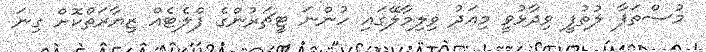
މުސްތަފާ ލުތުފީ ވިދާޅުވީ މިއަދު ވިލިމާލޭގައި ހުންނަ ޓީޗަރުންގެ ފްލެޓެއް ޒިޔާރަތްކޮށް ގިނަ